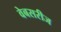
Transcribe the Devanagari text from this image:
वेबसरीज